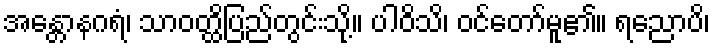
အန္တောနဂရံ၊ သာဝတ္ထိပြည်တွင်းသို့။ ပါဝိသိ၊ ဝင်တော်မူ၏။ ရညောပိ၊